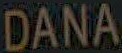
DANA